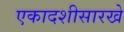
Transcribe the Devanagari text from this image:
एकादशीसारखे